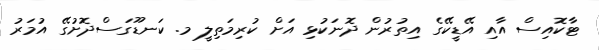
ޓާކޮއިސް އާއި އޭޑީކޭގެ އިތުރުން ދޮނަކުޅި އަށް ކުރިމަތިލީ މ. ކަނޑޫގަސްދޮށުގޭ އުމަރު